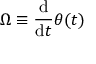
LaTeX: \Omega \equiv { \frac { \mathrm { d } } { \mathrm { d } t } } \theta ( t )